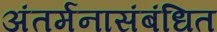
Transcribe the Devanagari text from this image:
अंतर्मनासंबंधित